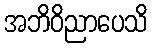
အဘိဝိညာပေသိ